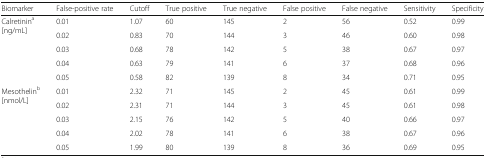
| Biomarker | False-positive rate | Cutoff | True positive | True negative | False positive | False negative | Sensitivity | Specificity |
 | --- | --- | --- | --- | --- | --- | --- | --- | --- |
 | <ROWSPAN=2> Calretinina[ng/mL] | 0.01 | 1.07 | 60 | 145 | 2 | 56 | 0.52 | 0.99 |
 | 0.02 | 0.83 | 70 | 144 | 3 | 46 | 0.60 | 0.98 |
 |  | 0.03 | 0.68 | 78 | 142 | 5 | 38 | 0.67 | 0.97 |
 |  | 0.04 | 0.63 | 79 | 141 | 6 | 37 | 0.68 | 0.96 |
 |  | 0.05 | 0.58 | 82 | 139 | 8 | 34 | 0.71 | 0.95 |
 | <ROWSPAN=2> Mesothelinb[nmol/L] | 0.01 | 2.32 | 71 | 145 | 2 | 45 | 0.61 | 0.99 |
 | 0.02 | 2.31 | 71 | 144 | 3 | 45 | 0.61 | 0.98 |
 |  | 0.03 | 2.15 | 76 | 142 | 5 | 40 | 0.66 | 0.97 |
 |  | 0.04 | 2.02 | 78 | 141 | 6 | 38 | 0.67 | 0.96 |
 |  | 0.05 | 1.99 | 80 | 139 | 8 | 36 | 0.69 | 0.95 |